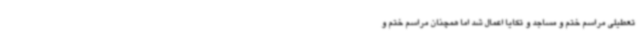
تعطیلی مراسم ختم و مساجد و تکایا اعمال شد اما همچنان مراسم ختم و